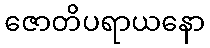
ဇောတိပရာယနော